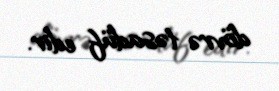
dövrə təsadüf edir.